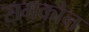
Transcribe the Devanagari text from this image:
समकोन